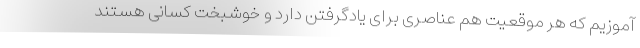
آموزیم که هر موقعیت هم عناصری برای یادگرفتن دارد و خوشبخت کسانی هستند